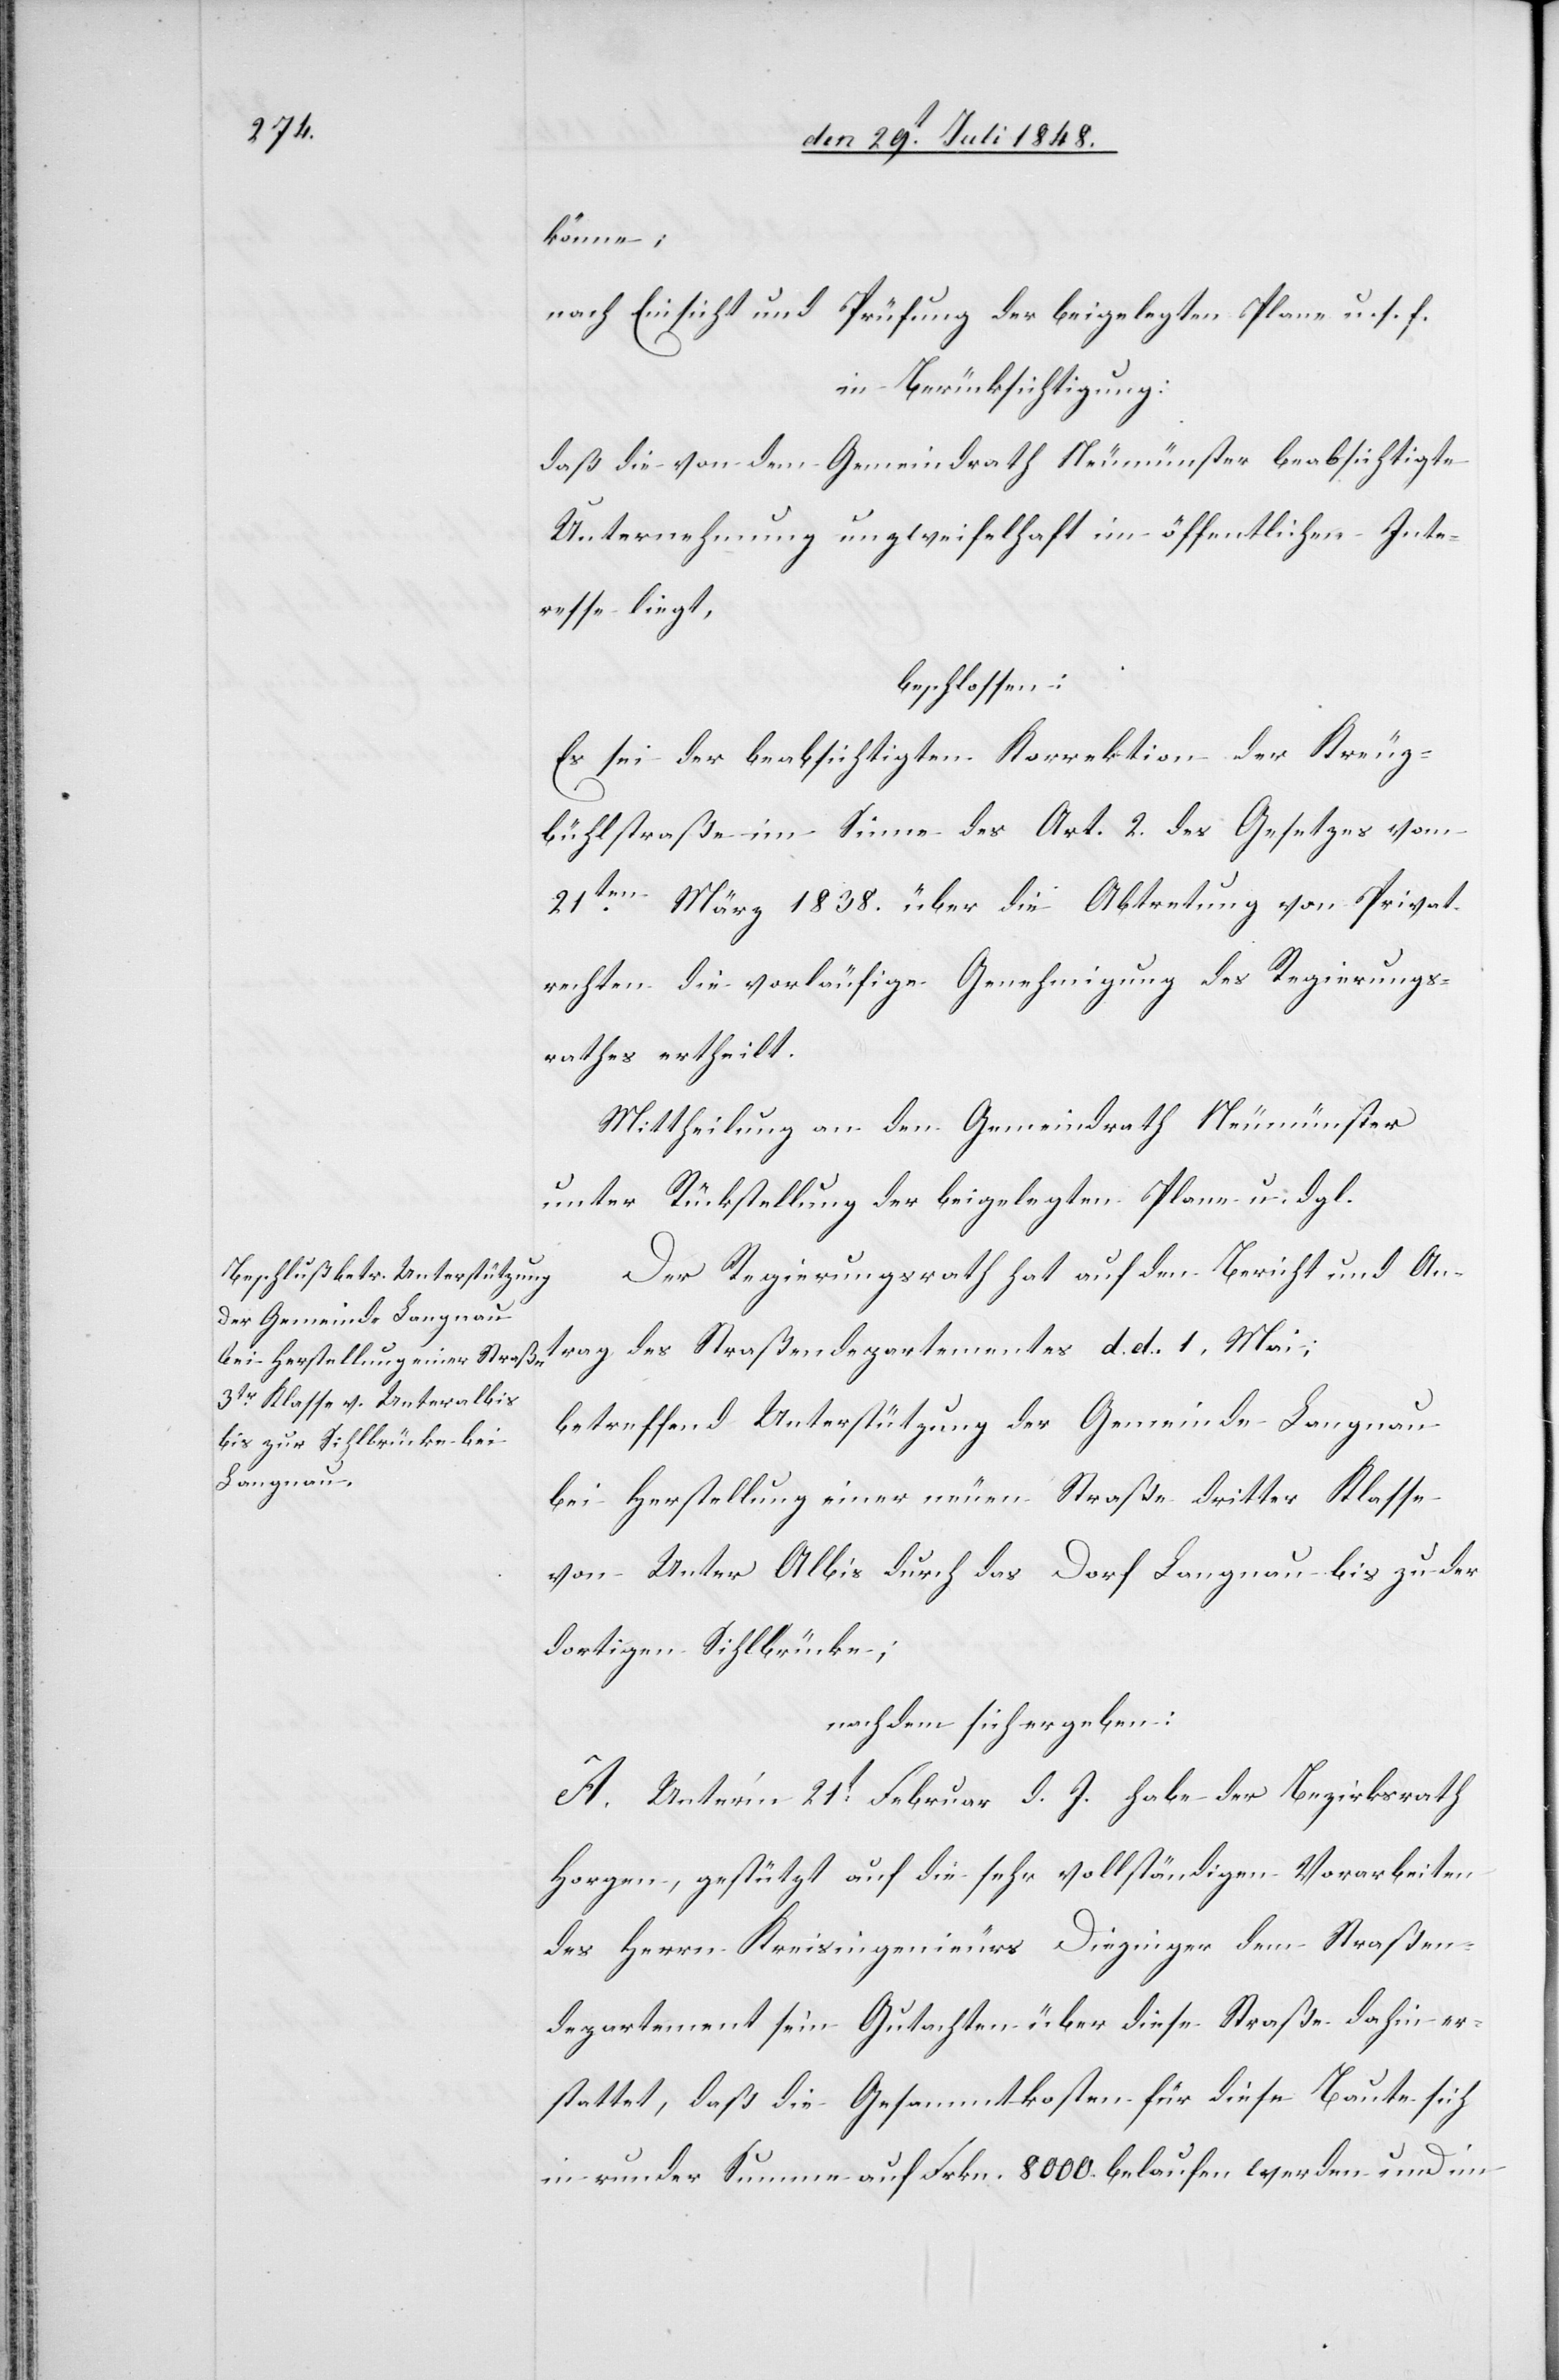
könne;
nach Einsicht und Prüfung des beigelegten Plane u. s. f.
in Berücksichtigung:
daß die von dem Gemeindrath Neumünster beabsichtigte
Unternehmung unzweifelhaft im öffentlichen Inte¬
resse liegt,
beschlossen:
Es sei der beabsichtigten Korrektion der Kreuz¬
bühlstraße im Sinne des Art. 2. des Gesetzes vom
21ten März 1838. über die Abtretung von Privat¬
rechten die vorläufige Genehmigung des Regierungs¬
rathes ertheilt.
Mittheilung an den Gemeindrath Neumünster
unter Rückstellung der beigelegten Plane u. dgl.
Der Regierungsrath hat auf den Bericht und An¬
trag des Straßendepartementes d. d. 1. Mai;
betreffend Unterstützung der Gemeinde Langnau
bei Herstellung einer neuen Straße dritter Klasse
von Unter Albis durch das Dorf Langnau bis zu der
dortigen Sihlbrücke;
nachdem sich ergeben:
A. Unter’m 21t Februar d. J. habe der Bezirksrath
Horgen, gestützt auf die sehr vollständigen Vorarbeiten
des Herrn Kreisingenieurs Diezinger dem Straßen¬
departement sein Gutachten über diese Straße dahin er¬
stattet, daß die Gesammtkosten für diese Baute sich
in runder Summe auf Frkn. 8000. belaufen werden und im